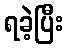
ရခဲ့ပြီး